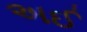
અઈ